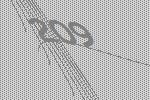
209